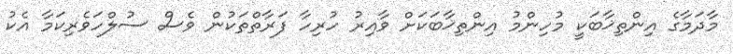
މާދަމާގެ އިންތިޚާބަކީ މުހިންމު އިންތިޚާބަކަށް ވާއިރު ހުރިހާ ފަރާތްތަކުން ވެސް ސުލްހަވެރިކަމާ އެކު